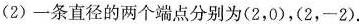
(2)一条直径的两个端点分别为(2，0)，(2，-2).